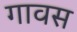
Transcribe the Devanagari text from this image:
गावस